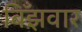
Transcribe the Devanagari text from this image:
बिँझवार